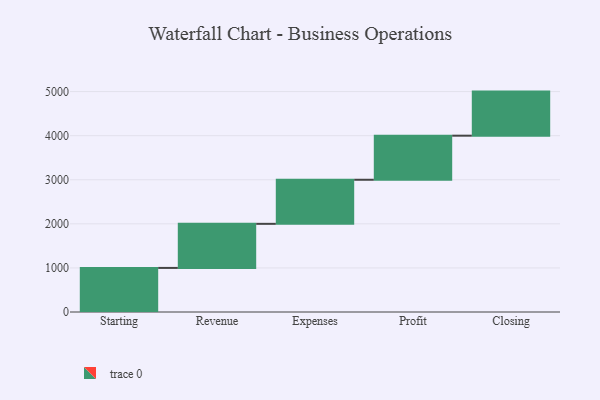
{"axis": {"x": "Step", "y": "Value"}, "legend": [""], "data": [{"x": "Starting", "y": 1000, "type": ""}, {"x": "Revenue", "y": 1000, "type": ""}, {"x": "Expenses", "y": 1000, "type": ""}, {"x": "Profit", "y": 1000, "type": ""}, {"x": "Closing", "y": 1000, "type": ""}]}